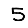
Digit: 5